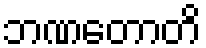
ဘဏတောတိ